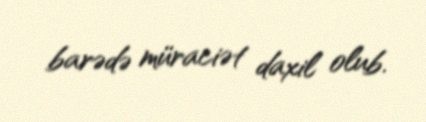
barədə müraciət daxil olub.